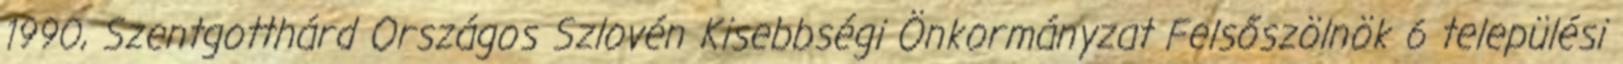
1990, Szentgotthárd Országos Szlovén Kisebbségi Önkormányzat Felsőszölnök 6 települési